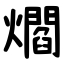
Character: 爓